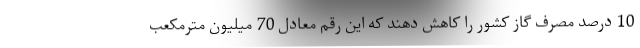
10 درصد مصرف گاز کشور را کاهش دهند که این رقم معادل 70 میلیون مترمکعب